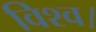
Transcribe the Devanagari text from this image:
विश्व।